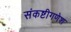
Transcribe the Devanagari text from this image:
संकष्टीगणेश